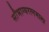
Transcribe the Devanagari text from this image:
सौभाग्यरत्नमाला